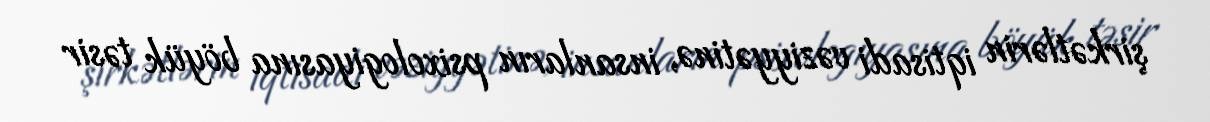
şirkətlərin iqtisadi vəziyyətinə, insanların psixologiyasına böyük təsir